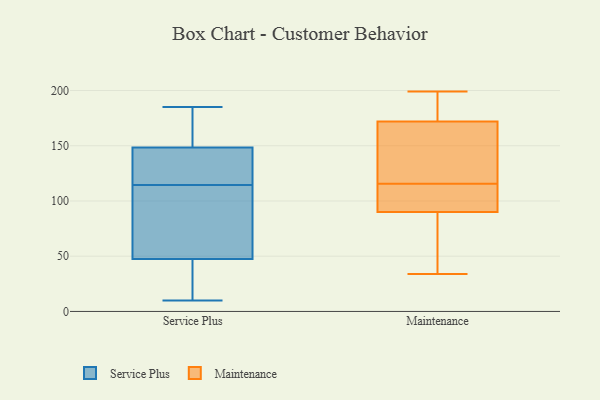
{"axis": {"x": "Market Share (%)", "y": "Value"}, "legend": ["Maintenance", "Service Plus"], "data": [{"x": "", "y": 129, "type": "Service Plus"}, {"x": "", "y": 125, "type": "Service Plus"}, {"x": "", "y": 113, "type": "Service Plus"}, {"x": "", "y": 61, "type": "Service Plus"}, {"x": "", "y": 10, "type": "Service Plus"}, {"x": "", "y": 185, "type": "Service Plus"}, {"x": "", "y": 79, "type": "Service Plus"}, {"x": "", "y": 116, "type": "Service Plus"}, {"x": "", "y": 137, "type": "Service Plus"}, {"x": "", "y": 185, "type": "Service Plus"}, {"x": "", "y": 58, "type": "Service Plus"}, {"x": "", "y": 160, "type": "Service Plus"}, {"x": "", "y": 14, "type": "Service Plus"}, {"x": "", "y": 37, "type": "Service Plus"}, {"x": "", "y": 184, "type": "Service Plus"}, {"x": "", "y": 19, "type": "Service Plus"}, {"x": "", "y": 51, "type": "Maintenance"}, {"x": "", "y": 195, "type": "Maintenance"}, {"x": "", "y": 123, "type": "Maintenance"}, {"x": "", "y": 51, "type": "Maintenance"}, {"x": "", "y": 131, "type": "Maintenance"}, {"x": "", "y": 90, "type": "Maintenance"}, {"x": "", "y": 126, "type": "Maintenance"}, {"x": "", "y": 108, "type": "Maintenance"}, {"x": "", "y": 92, "type": "Maintenance"}, {"x": "", "y": 102, "type": "Maintenance"}, {"x": "", "y": 199, "type": "Maintenance"}, {"x": "", "y": 34, "type": "Maintenance"}, {"x": "", "y": 158, "type": "Maintenance"}, {"x": "", "y": 90, "type": "Maintenance"}, {"x": "", "y": 186, "type": "Maintenance"}, {"x": "", "y": 193, "type": "Maintenance"}]}